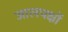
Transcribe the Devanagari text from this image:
जालपक्षों